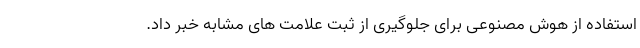
استفاده از هوش مصنوعی برای جلوگیری از ثبت علامت های مشابه خبر داد.